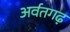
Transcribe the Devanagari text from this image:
अर्वतगढ़